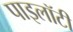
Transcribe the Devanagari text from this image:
पाइलॉटी